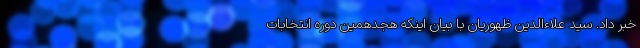
خبر داد. سید علاءالدین ظهوریان با بیان اینکه هجدهمین دوره انتخابات